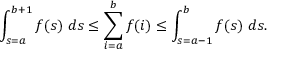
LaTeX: \int _ { s = a } ^ { b + 1 } f ( s ) \ d s \leq \sum _ { i = a } ^ { b } f ( i ) \leq \int _ { s = a - 1 } ^ { b } f ( s ) \ d s .